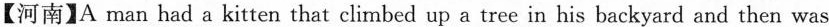
【河南】A man had a kitten that climbed up a tree in his backyard and then was